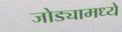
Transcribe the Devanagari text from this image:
जोड्यामध्ये